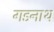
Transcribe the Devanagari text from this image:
गडनाथ